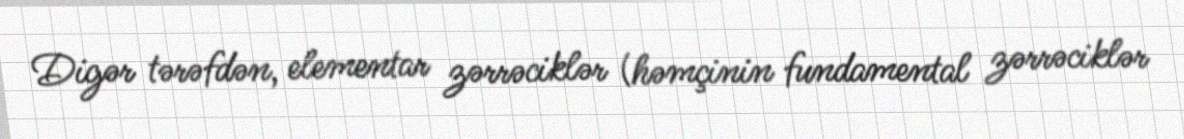
Digər tərəfdən, elementar zərrəciklər (həmçinin fundamental zərrəciklər